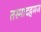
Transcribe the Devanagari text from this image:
तस्मादहमज